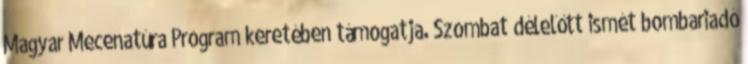
Magyar Mecenatúra Program keretében támogatja. Szombat délelőtt ismét bombariadó